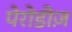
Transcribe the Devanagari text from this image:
पेरोडीज़